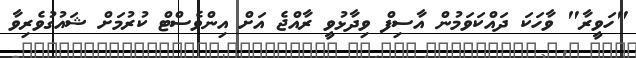
"ހަވީރާ" ވާހަކަ ދައްކަވަމުން އާސިފް ވިދާޅުވީ ރާއްޖެ އަށް އިންވެސްޓް ކުރުމަށް ޝައުގުވެރިވާ